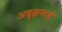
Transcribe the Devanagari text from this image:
अबूझमाड्